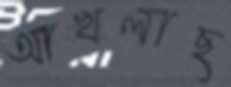
আখলাছ